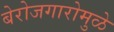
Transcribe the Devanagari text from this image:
बेरोजगारोमुळे